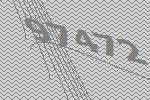
97472